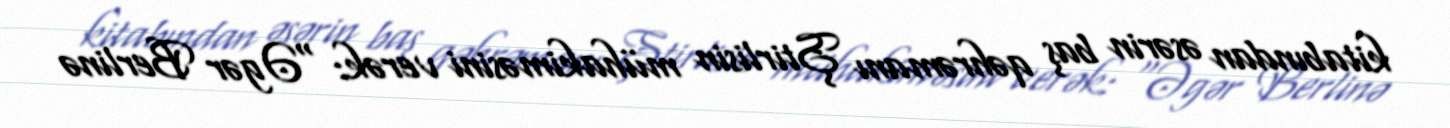
kitabından əsərin baş qəhrəmanı Ştirlisin mühakiməsini verək: "Əgər Berlinə